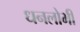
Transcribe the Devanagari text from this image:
धनलोभी